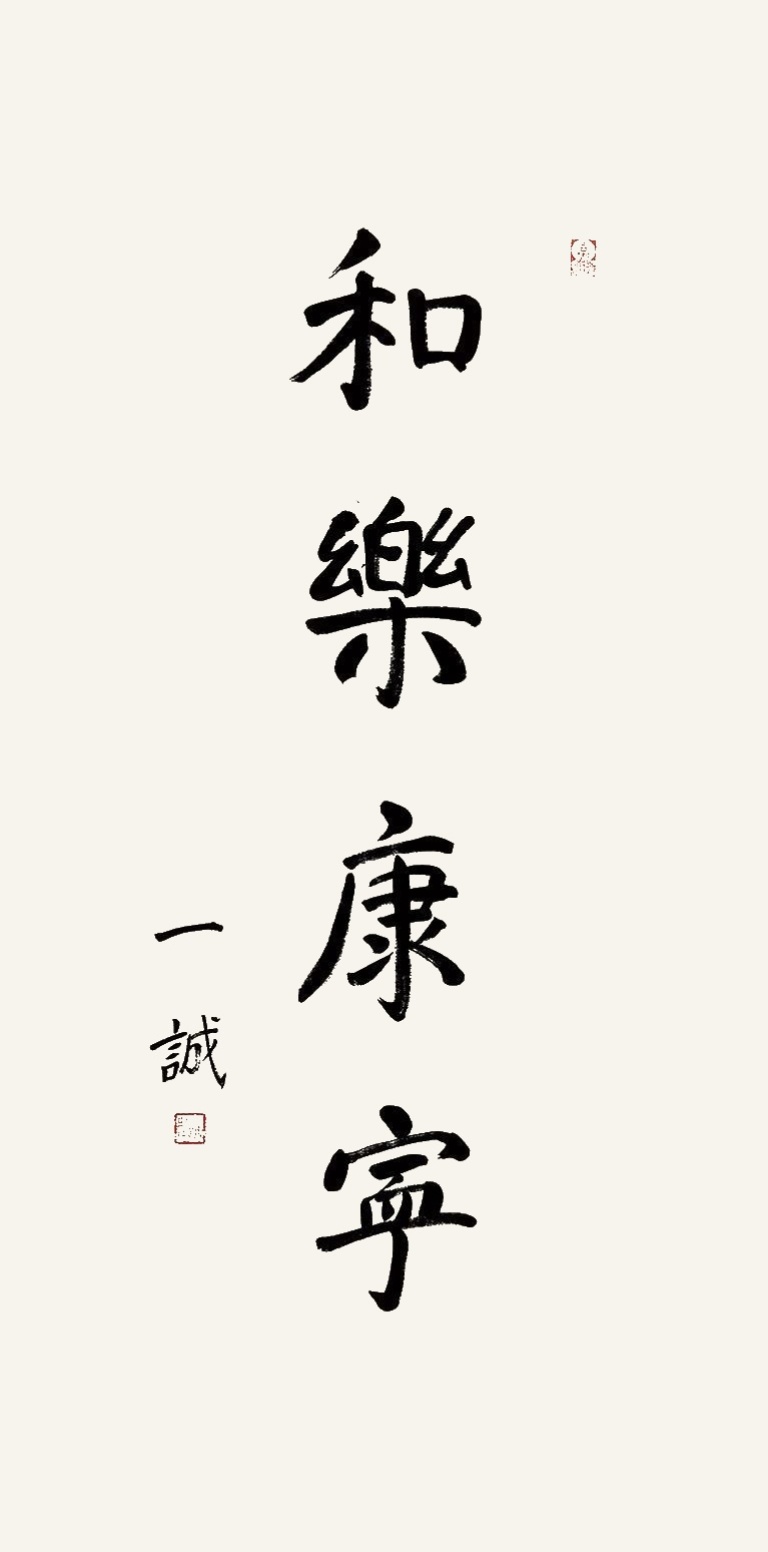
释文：和乐康宁一诚